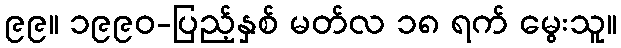
၉၉။ ၁၉၉၀-ပြည့်နှစ် မတ်လ ၁၈ ရက် မွေးသူ။